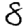
Digit: 8